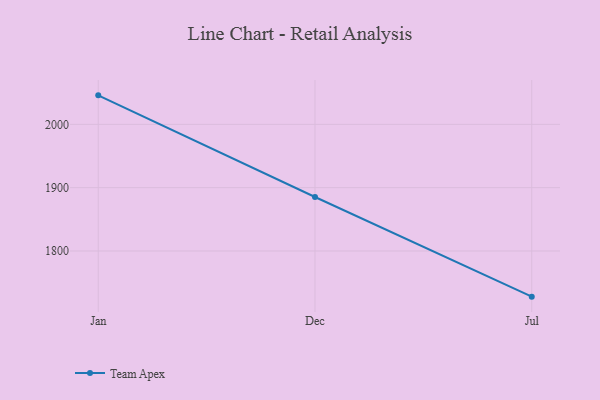
{"axis": {"x": "Month", "y": "Temperature (°C)"}, "legend": ["Team Apex"], "data": [{"x": "Jan", "y": 2045.8, "type": "Team Apex"}, {"x": "Dec", "y": 1885.3, "type": "Team Apex"}, {"x": "Jul", "y": 1727.9, "type": "Team Apex"}]}